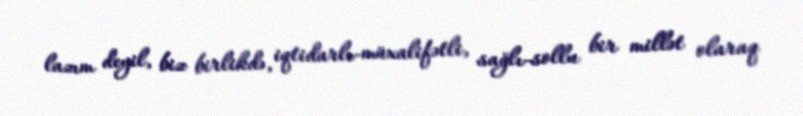
lazım deyil, biz birlikdə, iqtidarlı-müxalifətli, sağlı-sollu bir millət olaraq